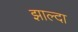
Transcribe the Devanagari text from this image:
झाल्दा